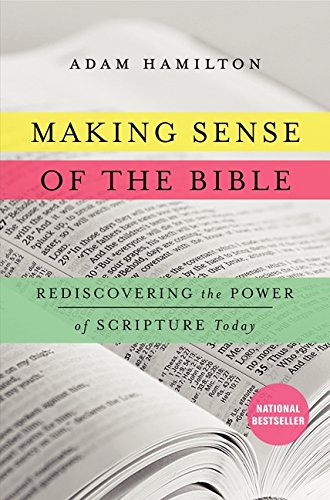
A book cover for Making Sense of the Bible: Rediscovering the Power of Scripture Today; Adam Hamilton; Christian Books & Bibles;